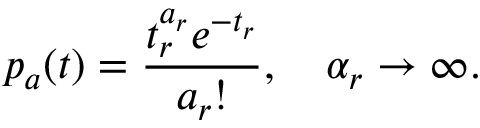
p _ { a } ( t ) = \frac { t _ { r } ^ { a _ { r } } e ^ { - t _ { r } } } { a _ { r } ! } , \quad \alpha _ { r } \to \infty .